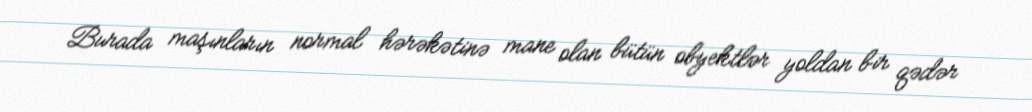
Burada maşınların normal hərəkətinə mane olan bütün obyektlər yoldan bir qədər